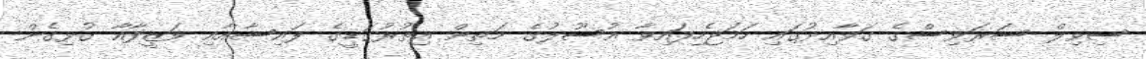
ސިވިލް ސަރަވިސްގެ ގަވާއިދުގައި ހަމަޖެހިފައިވާ އުސޫލުގެ މަތިން އިތުރުގަޑީގެ ފައިސާއާއި ވަޒީފާއާ ގުޅިގެން